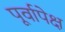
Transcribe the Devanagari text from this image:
पूर्वापेक्ष